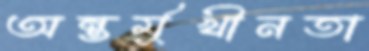
অন্তর্মুখীনতা